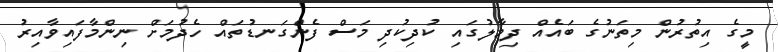
މީގެ އިތުރުން މިތަނުގެ ބައެއް ދިމާލުގައި ކުދިކުދި މަސް ފެންގަނޑުތައް ހެދުމަށް ނިންމާފައިވާއިރު